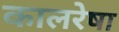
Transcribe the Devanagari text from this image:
कालरेषा